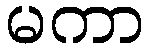
မကာ